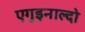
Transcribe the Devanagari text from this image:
एगुइनाल्दो